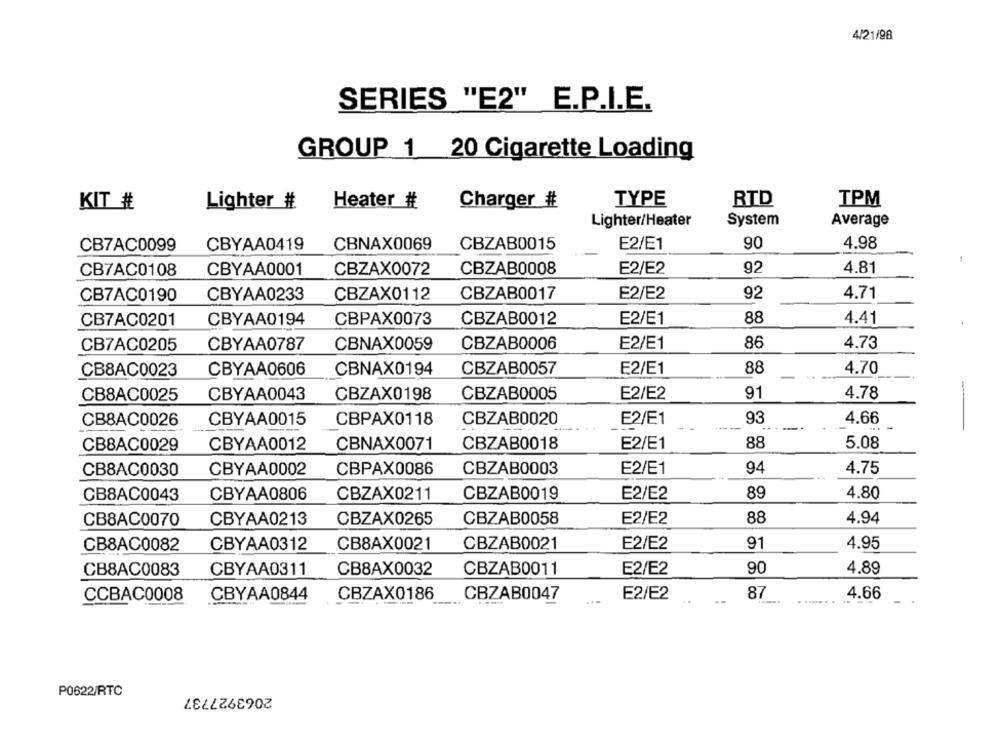
4/21/98
SERIES "E2" E.P.I.E.
GROUP 1 20 Cigarette Loading
RTD
KIT #
Lighter #
Heater #
Charger #
TYPE
TPM
Lighter/Heater
System
Average
90
4.98
CB7AC0099
CBYAA0419
CBNAX0069
CBZAB0015
E2/E1
CB7AC0108
CBYAA0001
CBZAX0072
CBZAB0008
E2/E2
92
4.81
CBYAA0233
CBZAX0112
CBZAB0017
E2/E2
92
4.71
CB7AC0190
88
4.41
CB7AC0201
CBYAA0194
CBPAX0073
CBZAB0012
E2/E1
CB7AC0205
CBYAA0787
CBNAX0059
CBZAB0006
E2/E1
86
4.73
CB8AC0023
CBYAA0606
CBNAX0194
CBZAB0057
E2/E1
88
4.70
4.78
CB8AC0025
CBYAA0043
CBZAX0198
CBZAB0005
E2/E2
91
CB8AC0026
CBYAA0015
CBPAX0118
CBZAB0020
E2/E1
93
4.66
CBNAX0071
CBZAB0018
E2/E1
88
5.08
CB8AC0029
CBYAA0012
CB8AC0030
CBYAA0002
CBPAX0086
CBZAB0003
E2/E1
94
4.75
CB8AC0043
CBYAA0806
CBZAX0211
CBZAB0019
E2/E2
89
4.80
CBZAB0058
88
4.94
CB8AC0070
CBYAA0213
CBZAX0265
E2/E2
CB8AC0082
CBYAA0312
CB8AX0021
CBZAB0021
E2/E2
91
4.95
CB8AC0083
CBYAA0311
CB8AX0032
CBZAB0011
E2/E2
90
4.89
CCBAC0008
CBYAA0844
CBZAX0186
CBZAB0047
E2/E2
87
4.66
2063927737
P0622/RTC